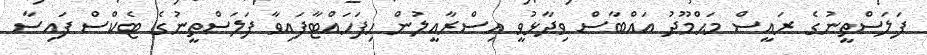
ފަލަސްތީނުގެ ރައީސް މަޙްމޫދު އައްބާސް ވިދާޅުވީ އިސްރާއީލުން ހިފަހައްޓާފައިވާ ފަލަސްތީނުގެ ޓެކްސް ފައިސާ